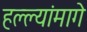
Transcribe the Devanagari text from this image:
हल्ल्यांमागे